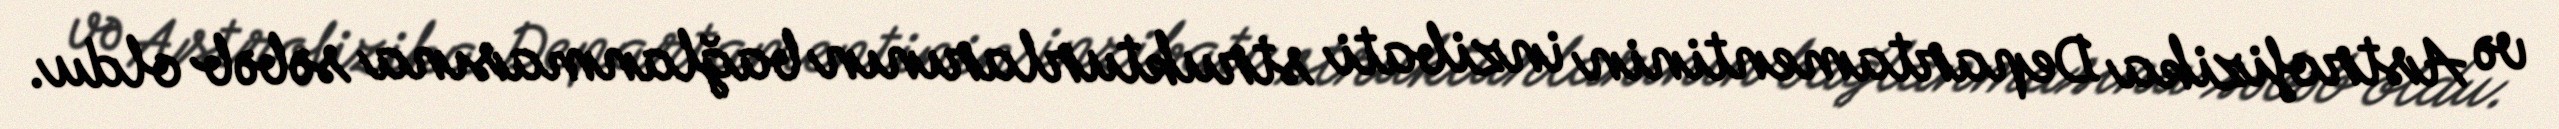
və Astrofizika Departamentinin inzibati strukturlarının bağlanmasına səbəb oldu.